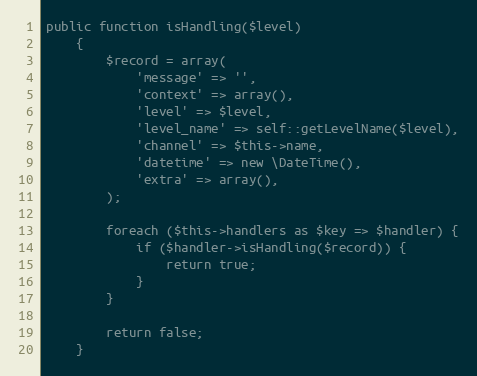
Language: PHP
public function isHandling($level)
    {
        $record = array(
            'message' => '',
            'context' => array(),
            'level' => $level,
            'level_name' => self::getLevelName($level),
            'channel' => $this->name,
            'datetime' => new \DateTime(),
            'extra' => array(),
        );

        foreach ($this->handlers as $key => $handler) {
            if ($handler->isHandling($record)) {
                return true;
            }
        }

        return false;
    }